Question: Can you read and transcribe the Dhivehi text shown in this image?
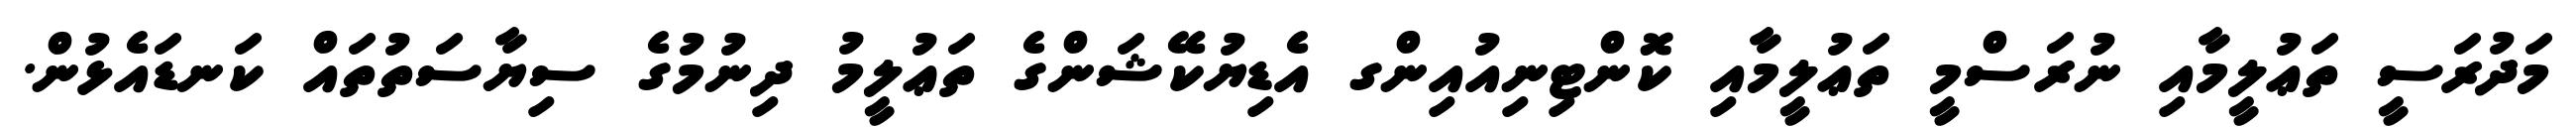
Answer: މަދުރަސީ ތަޢުލީމާއި ނުރަސްމީ ތަޢުލީމާއި ކޮންޓިނިއުއިންގ އެޑިޔުކޭޝަންގެ ތަޢުލީމު ދިނުމުގެ ސިޔާސަތުތައް ކަނޑައެޅުން.